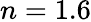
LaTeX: n=1.6